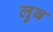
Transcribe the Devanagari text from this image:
लुब